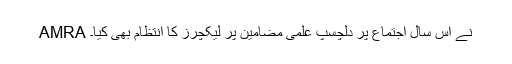
AMRA نے اس سال اجتماع پر دلچسپ علمی مضامین پر لیکچرز کا انتظام بھی کیا۔